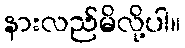
နားလည်မိလို့ပါ။